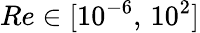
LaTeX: Re\in[10^{-6},\, 10^{2}]